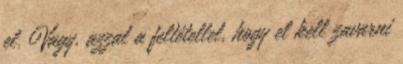
el. Vagy, azzal a feltétellel, hogy el kell zavarni